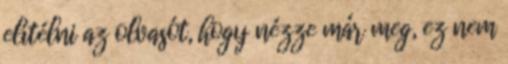
elítélni az olvasót, hogy nézze már meg, ez nem